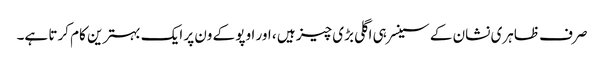
صرف ظاہری نشان کے سینسر ہی اگلی بڑی چیز ہیں ، اور اوپو کے ون پر ایک بہترین کام کرتا ہے۔